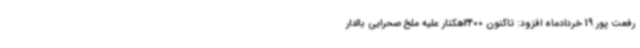
رفعت پور 19 خردادماه افزود: تاکنون 2400هکتار علیه ملخ صحرایی بالدار